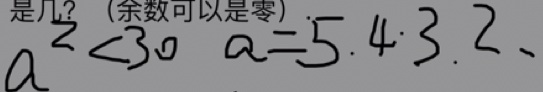
a ^ { 2 } < 3 0 a = 5 . 4 \cdot 3 . 2 、